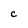
Character: c